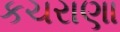
કચરાણા